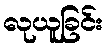
လုယူခြင်း